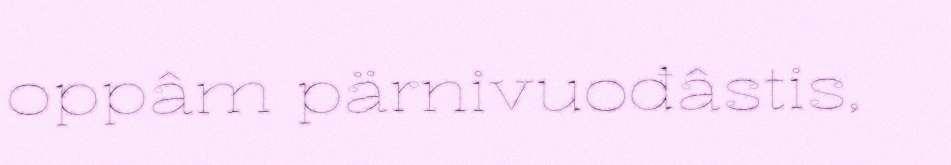
oppâm pärnivuođâstis,